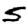
Digit: 5